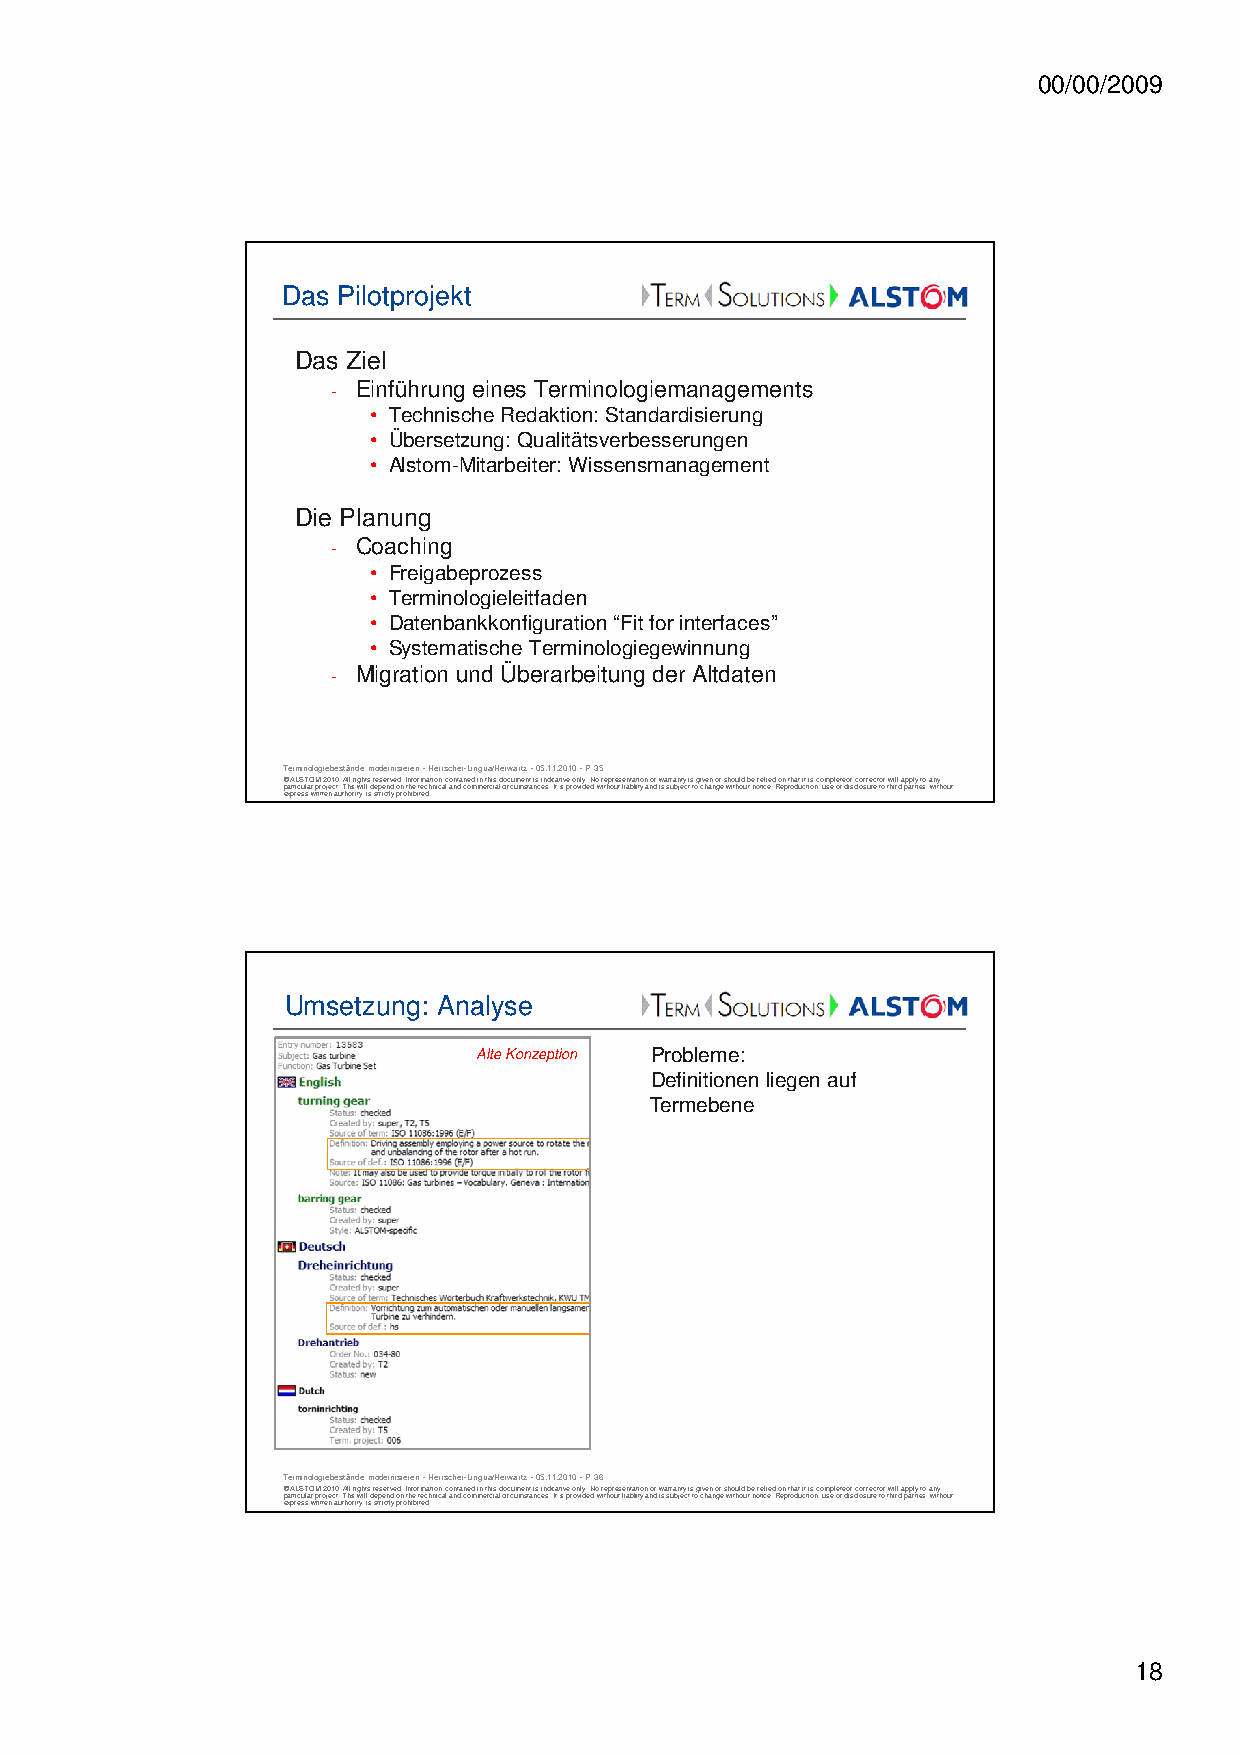
00/00/2009
 Das Pilotprojekt
 Das Ziel
 - Einführung eines Terminologiemanagements
 • Technische Redaktion: Standardisierung
 • Übersetzung: Qualitätsverbesserungen
 • Alstom-Mitarbeiter: Wissensmanagement
 Die Planung
 - Coaching
 • Freigabeprozess
 • Terminologieleitfaden
 • Datenbankkonfiguration “Fit for interfaces”
 • Systematische Terminologiegewinnung
 - Migration und Überarbeitung der Altdaten
 Terminologiebestände modernisieren -Herrscher-Lingua/Herwartz -05.11.2010 -P 35
 © ALSTOM 2010. All rights reserved. Information contained in this document is indicative only. No representation or warranty is given or should be relied on that it is complete or correct or will apply to any
 particular project. This will depend on the technical and commercial circumstances. It is provided without liability and is subject to change without notice. Reproduction, use or disclosure to third parties, without
 express written authority, is strictly prohibited.
 Umsetzung: Analyse
 Alte Konzeption Probleme:
 Definitionen liegen auf
 Termebene
 Terminologiebestände modernisieren -Herrscher-Lingua/Herwartz -05.11.2010 -P 36
 © ALSTOM 2010. All rights reserved. Information contained in this document is indicative only. No representation or warranty is given or should be relied on that it is complete or correct or will apply to any
 particular project. This will depend on the technical and commercial circumstances. It is provided without liability and is subject to change without notice. Reproduction, use or disclosure to third parties, without
 express written authority, is strictly prohibited.
 18